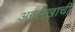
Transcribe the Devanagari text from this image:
अग्रलेखाची